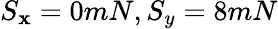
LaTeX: S_{\mathbf{x}}=0mN,S_{y}=8mN